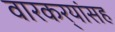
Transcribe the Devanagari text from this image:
वारकर्‍यांसह